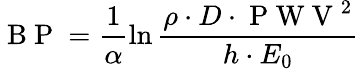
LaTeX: \mathrm{~B~P~}=\frac{1}{\alpha}\ln\frac{\rho\cdot D\cdot\mathrm{~P~W~V~}^{2}}{h\cdot E_{0}}